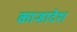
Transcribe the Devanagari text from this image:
कान्हादेश